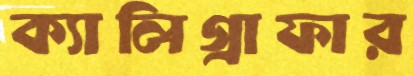
ক্যালিগ্রাফার